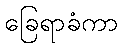
ခြေရာခံကာ